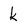
Character: k